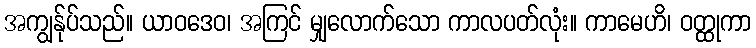
အကျွန်ုပ်သည်။ ယာဝဒေဝ၊ အကြင် မျှလောက်သော ကာလပတ်လုံး။ ကာမေဟိ၊ ဝတ္ထုကာ